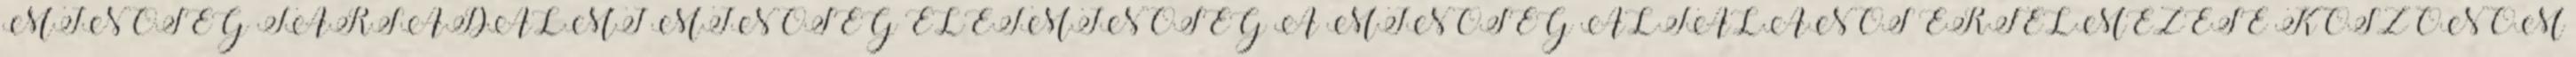
MINŐSÉG TÁRSADALMI MINŐSÉG ÉLETMINŐSÉG A MINŐSÉG ÁLTALÁNOS ÉRTELMEZÉSE KÖSZÖNÖM